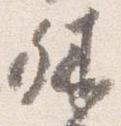
殊